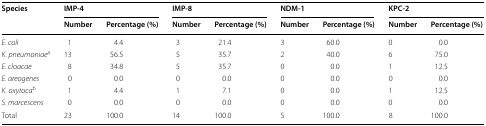
| <ROWSPAN=2> Species | <COLSPAN=2> IMP-4 | <COLSPAN=2> IMP-8 | <COLSPAN=2> NDM-1 | <COLSPAN=2> KPC-2 |
 | Number | Percentage (%) | Number | Percentage (%) | Number | Percentage (%) | Number | Percentage (%) |
 | --- | --- | --- | --- | --- | --- | --- | --- | --- |
 | E. coli | 1 | 4.4 | 3 | 21.4 | 3 | 60.0 | 0 | 0.0 |
 | K. pneumoniaea | 13 | 56.5 | 5 | 35.7 | 2 | 40.0 | 6 | 75.0 |
 | E. cloacae | 8 | 34.8 | 5 | 35.7 | 0 | 0.0 | 1 | 12.5 |
 | E. areogenes | 0 | 0.0 | 0 | 0.0 | 0 | 0.0 | 0 | 0.0 |
 | K. oxytocab | 1 | 4.4 | 1 | 7.1 | 0 | 0.0 | 1 | 12.5 |
 | S. marcescens | 0 | 0.0 | 0 | 0.0 | 0 | 0.0 | 0 | 0.0 |
 | Total | 23 | 100.0 | 14 | 100.0 | 5 | 100.0 | 8 | 100.0 |